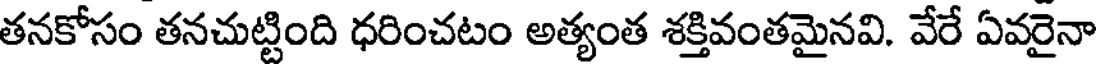
తనకోసం తనచుట్టింది ధరించటం అత్యంత శక్తివంతమైనవి. వేరే ఏవరైనా